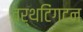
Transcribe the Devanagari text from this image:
वर्थटिंगटन